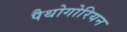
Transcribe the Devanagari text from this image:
पैथोगोरियन